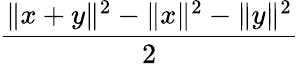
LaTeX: \frac{\| x+y\| ^{2}-\| x\| ^{2}-\| y\| ^{2}}{2}